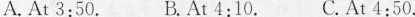
A. At 3:50. B.At 4:10, C.At 4:50.